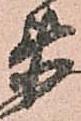
衛